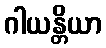
ဂါယန္တိယာ